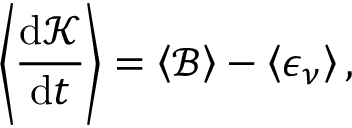
\left\langle \frac { \mathrm { d \mathcal { K } } } { \mathrm { d } t } \right\rangle = \left\langle \mathcal { B } \right\rangle - \left\langle \epsilon _ { \nu } \right\rangle ,